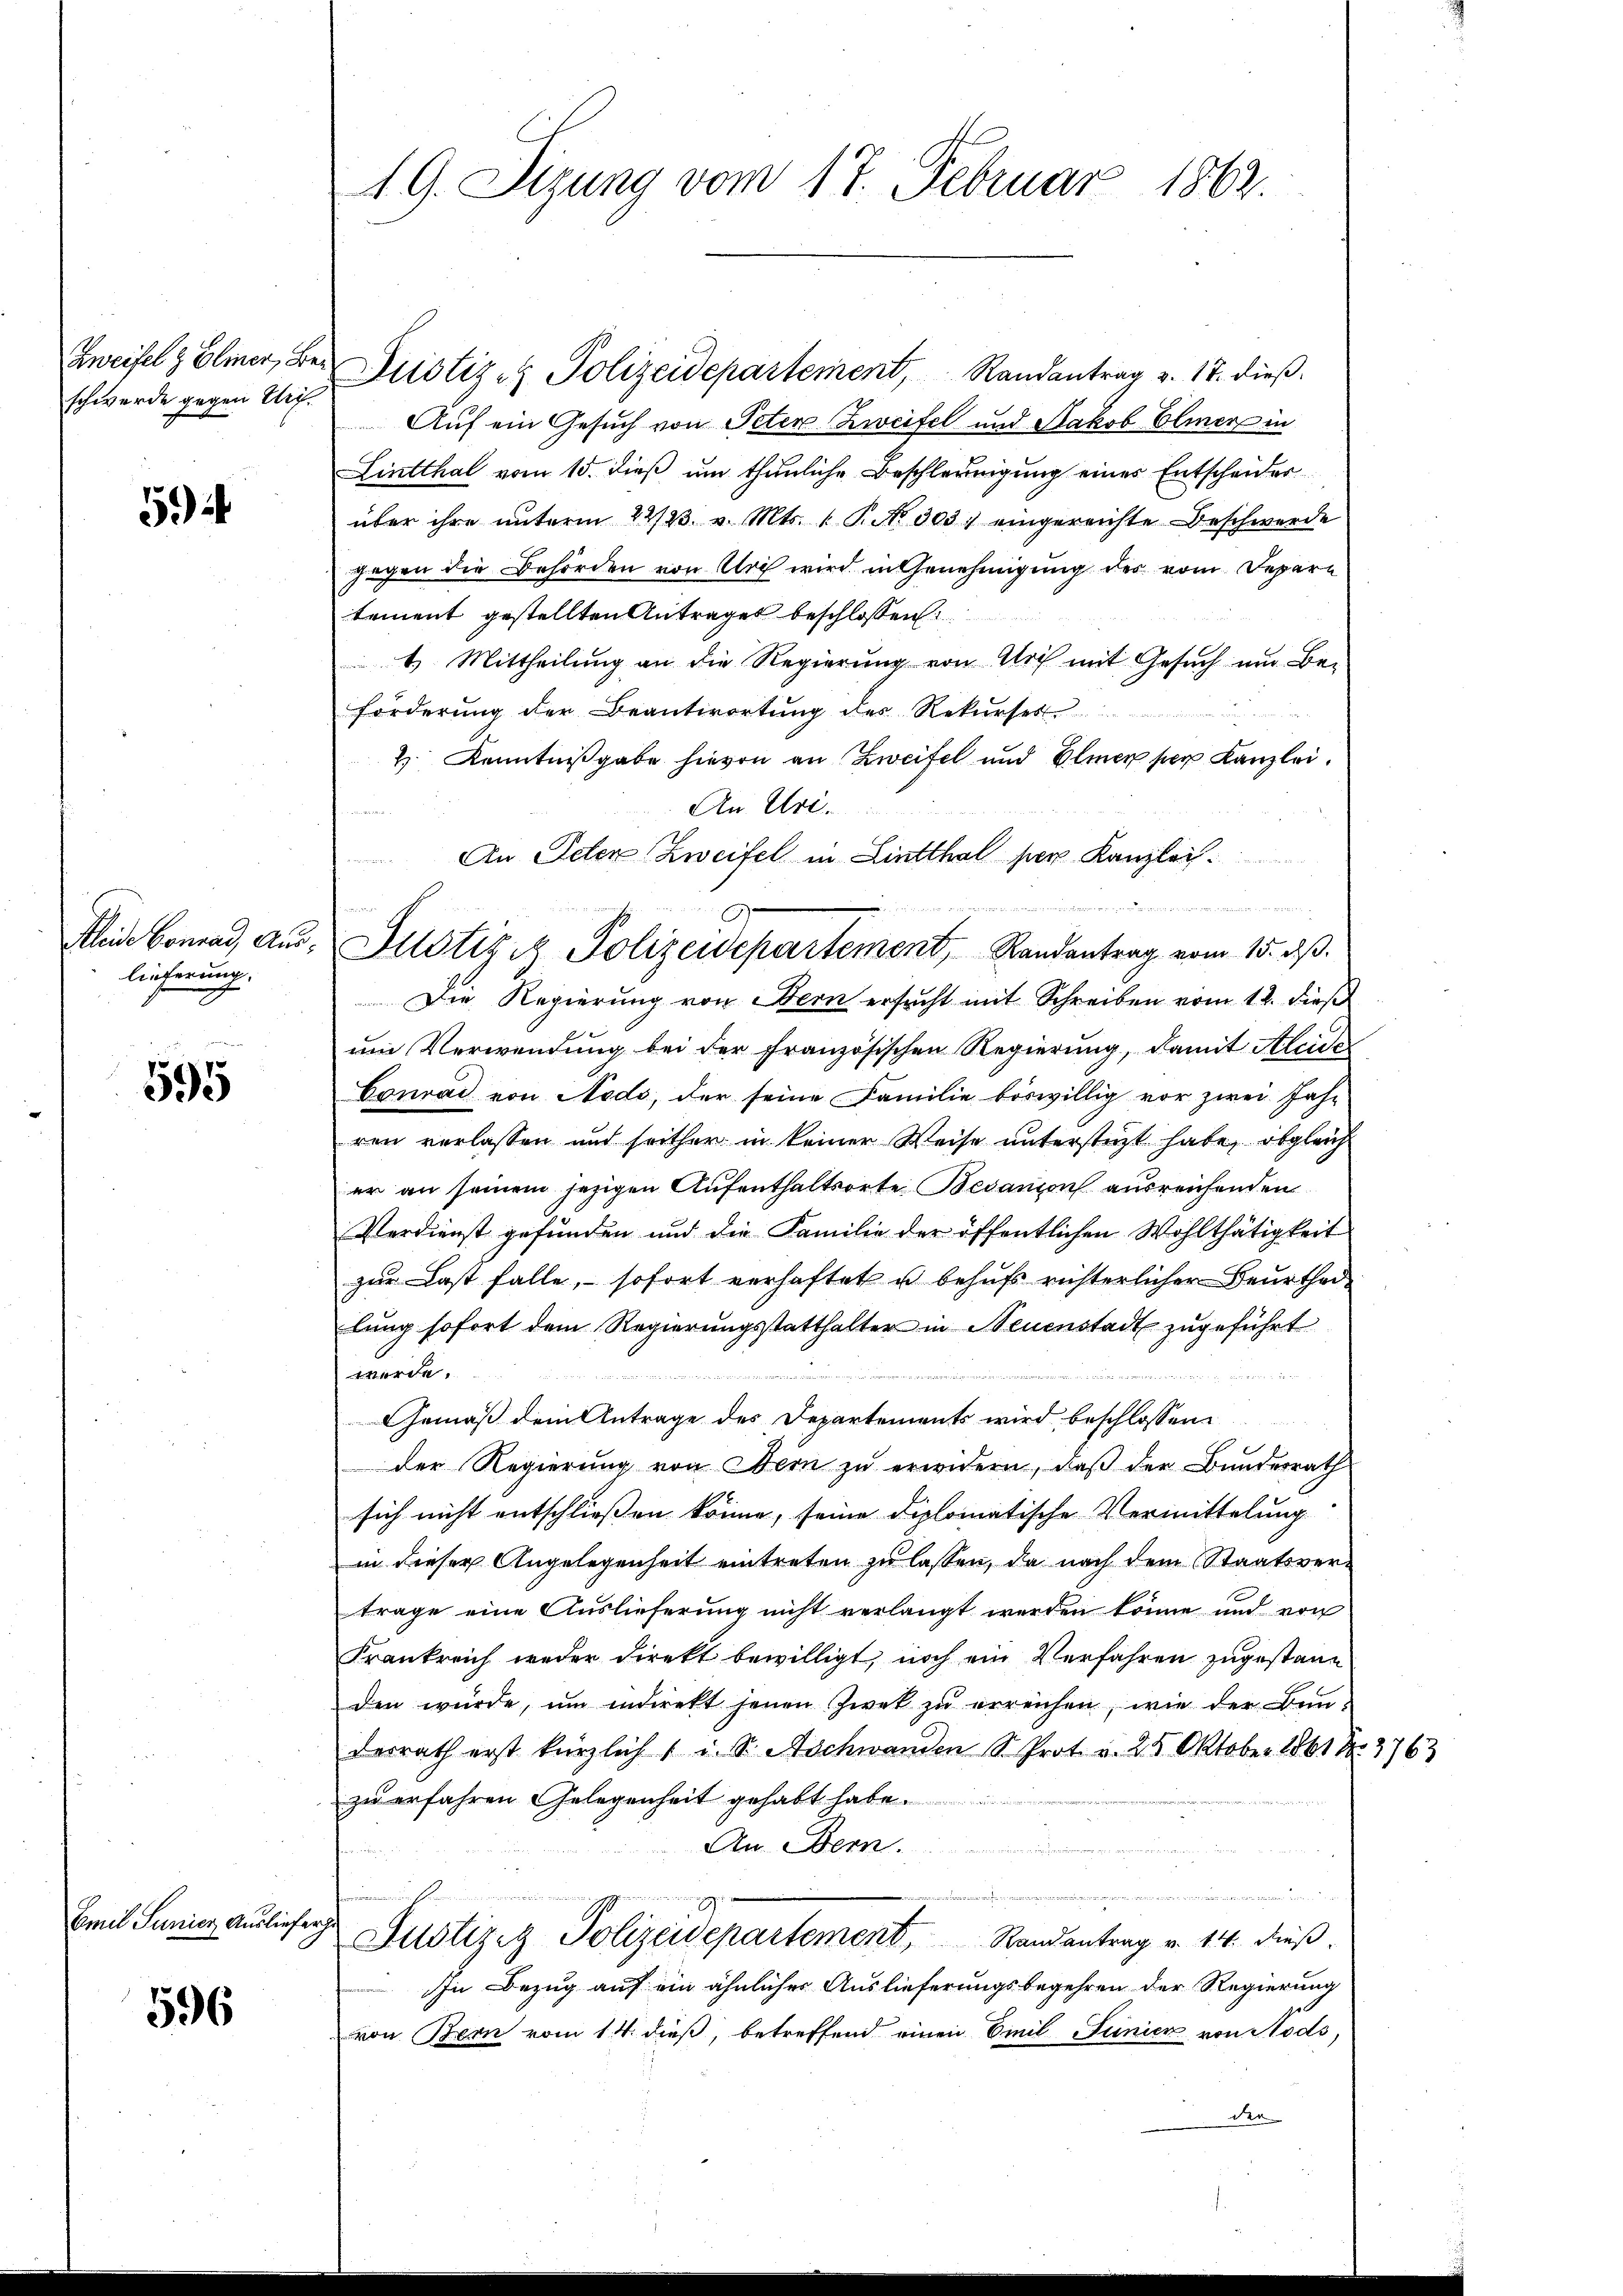
Zweifel & Eliner, Beschwerde gegen Urif¬

59)

lieferung.

595

Emil Junici Ausliefer

596

19. Sizung vom 17. Februar 1862.

Justiz- & Polizeidepartement, Randantrag v. 17. dieß
Auf ein Gesuch von Peter Zweifel und Jakob Elmer in
Lintthal vom 15. dieß um thunliche Beschleunigung eines Entscheider
über ihre unterm 22/23. v. Mts. 1 P. Nr. 303) eingereichte Beschwerde
gegen die Behörden von Urch wird in Genehmigung des vom Depern
tement gestellten Antrages beschlossen:
4 Mittheilung an die Regierung von Urth mit Gesuch um Be-
förderung der Beantwortung des Rekurses
H. Kenntnißgabe hievon an Zweifel und Elmer per Kanzlei.
An Uri.
d der Breiterer
An Peten Zweifel in Lintthal per Kanzlei.
Die Regierung von Hern ersucht mit Schreiben vom 12. dieß
um Verwendung bei der Französischen Regierung, damit Aleide
Conrad von Nedo, der seine Familie böswillig vor zwei Jahr
ren verlassen und seither in keiner Weise unterstüzt habe, obgleich
er an seinem jezigen Aufenthaltsorte Bedanion ausreichenden
Verdienst gefunden und die Familie der öffentlichen Wohlthätigkeit
zur Last falle, sofort verhaftet u behufs richterlicher Beurtheilung sofort dem Regierungsstatthalter in Neuenstadt zugeführt
werde.
2
Gemäß dem Antrage des Departements wird beschlossene
der Regierung von Bern zu erwidern, daß der Bundesrath
sich nicht entschließen könne, seine diplomatische Vermittelung
in dieser Angelegenheit eintreten zu lassen, da nach dem Staatsvertrage eine Auslieferung nicht verlangt werden könne und von
Frankreich weder Direkt bewilligt, noch ein Verfahren zugestanden würde, um indirekt jenen Zwek zŭ erreichen, wie der Bun-
derrath erst kürzlich 1 u. S. Aschwanden S. Prot. v. 25 Oktober 1861 Nr. 3763
zu erfahren Gelegenheit gehabt habe.
An Bern.
ischenden

i
.
rihei
Justiret Polizeidepartement, Randantrag v. 14. dieβ.
In Bezug auf ein ähnlicher Auslieferungsbegehren der Regierung
von Bern vom 14. dieß, betreffend einen Emil Seinick von Nods,
der

¬

G
Kleide Conrad aŭs, Justiz & Polizeidepartement, Randantrag vom 15. dβ.